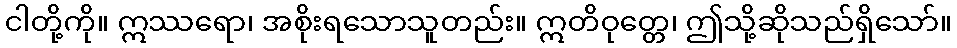
ငါတို့ကို။ ဣဿရော၊ အစိုးရသောသူတည်း။ ဣတိဝုတ္တေ၊ ဤသို့ဆိုသည်ရှိသော်။